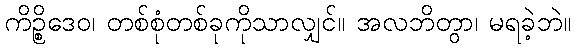
ကိဉ္စိဒေဝ၊ တစ်စုံတစ်ခုကိုသာလျှင်။ အလဘိတွာ၊ မရခဲ့ဘဲ။